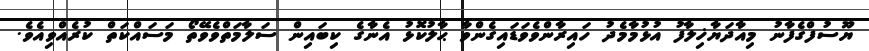
ޔޫސުފްގެފާނު މިއާދަޔާޚިލާފު އުޅުމާމެދު ހައިރާންވެވަޑައިގެންވާ ޙާލުކޮޅު އެނާގެ ކިބައިން ސަލާމަތްވެވޭތޯ މަސައްކަތް ކުރެއްވިއެވެ.